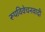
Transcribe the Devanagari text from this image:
रूपविवेचनवादी